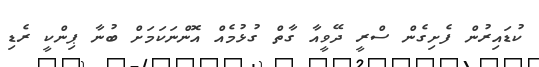
ކުޑައިރުން ފެށިގެން ސްރީ ދޭވީއާ ގާތް ގުޅުމެއް އޮންނަކަމަށް ބުނާ ޕިންކީ ރެޑި